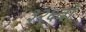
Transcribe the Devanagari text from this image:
३२६वॉ